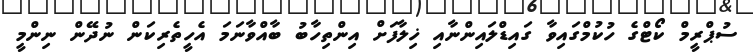
ސުޕްރީމް ކޯޓްގެ ހުކުމްގައިވާ ގައިޑްލައިންނާއި ޚިލާފަށް އިންތިހާބު ބާއްވާނަމަ އެހީތެރިކަން ނުދޭން ނިންމީ